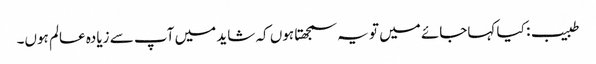
طبیب: کیا کہاجائے میں تو یہ سمجھتا ہوں کہ شاید میں آپ سے زیادہ عالم ہوں۔